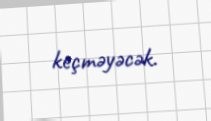
keçməyəcək.